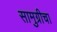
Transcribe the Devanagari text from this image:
सामुग्रीचा